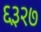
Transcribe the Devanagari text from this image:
६३२७